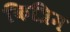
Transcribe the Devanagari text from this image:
कित्रिम